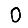
Digit: 0